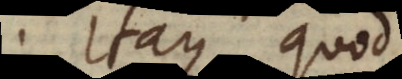
. Itaque quod